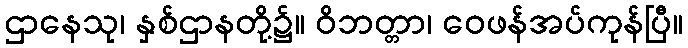
ဌာနေသု၊ နှစ်ဌာနတို့၌။ ဝိဘတ္တာ၊ ဝေဖန်အပ်ကုန်ပြီ။